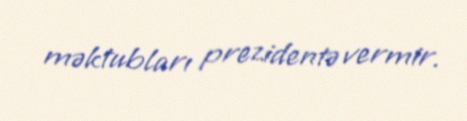
məktubları prezidentə vermir.